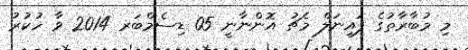
މި މުބާރާތުގެ ފައިނަލް މެޗު އޮންނާނީ 05 ޑިސެމްބަރ 2014 ވާ ހުކުރު